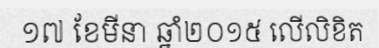
១៧ ខែមីនា ឆ្នាំ២០១៥ លើលិខិត